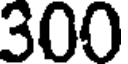
300